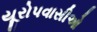
યૂરોપવાસીઓ